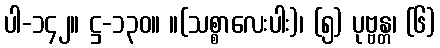
ပါ-၁၄၂။ ဋ္ဌ-၁၃၀။ ။(သစ္စာလေးပါး)၊ (၅) ပုဗ္ဗန္တ၊ (၆)